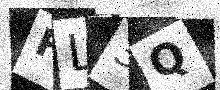
Text: FL3Q